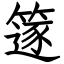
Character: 篴